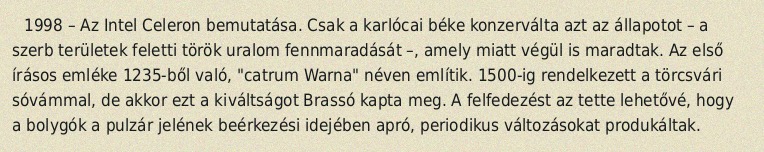
1998 – Az Intel Celeron bemutatása. Csak a karlócai béke konzerválta azt az állapotot – a szerb területek feletti török uralom fennmaradását –, amely miatt végül is maradtak. Az első írásos emléke 1235-ből való, "catrum Warna" néven említik. 1500-ig rendelkezett a törcsvári sóvámmal, de akkor ezt a kiváltságot Brassó kapta meg. A felfedezést az tette lehetővé, hogy a bolygók a pulzár jelének beérkezési idejében apró, periodikus változásokat produkáltak.